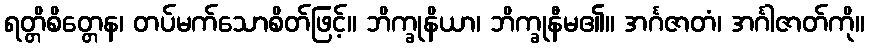
ရတ္တိစိတ္တေန၊ တပ်မက်သောစိတ်ဖြင့်။ ဘိက္ခုနိယာ၊ ဘိက္ခုနီမ၏။ အင်္ဂဇာတံ၊ အင်္ဂါဇာတ်ကို။